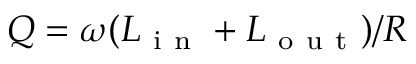
Q = \omega ( L _ { \mathrm { ~ i ~ n ~ } } + L _ { \mathrm { ~ o ~ u ~ t ~ } } ) / R